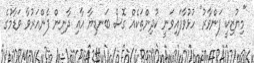
"މިޔުޒިކީ ފަންވާރު" ހުޅުވާފައިވަނީ ކުދިންތަކެއް ގޮސް ބަނޑިޔާ އާއި ދާނިން ފެންއަރުވާ ވަޑާމުގެ